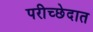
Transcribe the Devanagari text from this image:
परीच्छेदात